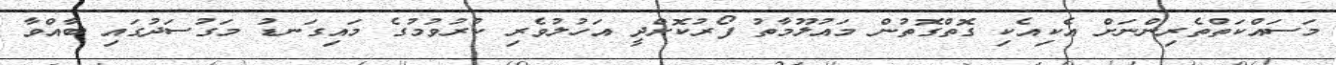
މަސައްކަތްތެރިންނަށް އެކިއެކި ގޮތްގޮތުން މައުލޫމާތު ފޯރުކޮށްދީ އަހުލުވެރި ކުރުވުމުގެ މައިގަނޑު މަގުސަދުގައި ބާއްވާ